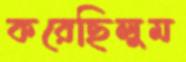
করেছিলুম